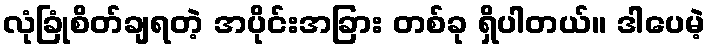
လုံခြုံစိတ်ချရတဲ့ အပိုင်းအခြား တစ်ခု ရှိပါတယ်။ ဒါပေမဲ့